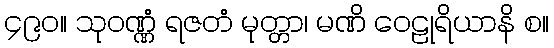
၄၉၀။ သုဝဏ္ဏံ ရဇတံ မုတ္တာ၊ မဏိ ဝေဠုရိယာနိ စ။